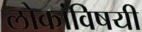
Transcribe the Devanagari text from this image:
लोकांविषयी